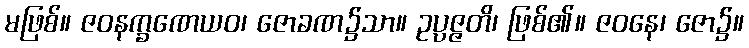
မဖြစ်။ ဇဝနက္ခဏေယဝ၊ ဇောခဏ၌သာ။ ဥပ္ပဇ္ဇတိ၊ ဖြစ်၏။ ဇဝနေ၊ ဇော၌။